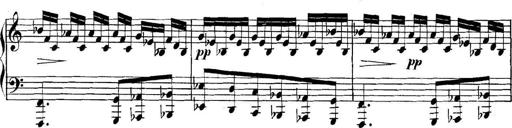
Title: Collected Piano Sonatas
Composer: Muzio Clementi